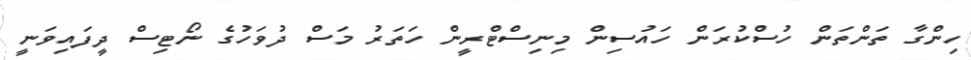
ހިންގާ ތަންތަން ހުސްކުރަން ހައުސިން މިނިސްޓްރީން ހަތަރު މަސް ދުވަހުގެ ނޯޓިސް ދީފައިވަނީ